Code of medical and sanitary regulations for the guidance of medical officers serving in the Madras Presidency - Volume I
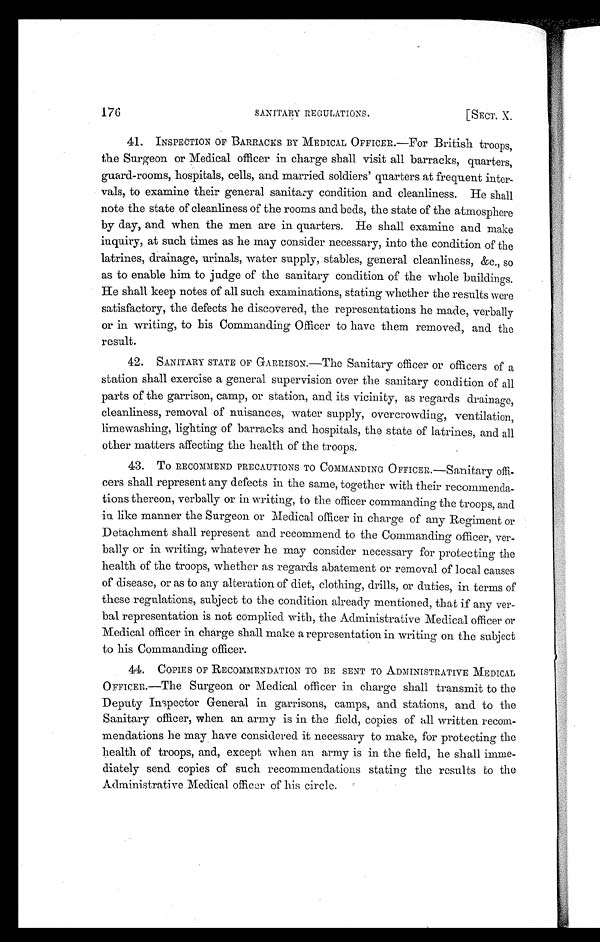
. 176
SANITARY REGULATIONS
[SECT. X.
41. INSPECTION OF BARRACKS BY MEDICAL OFFICER.—FOr British troops,
the Surgeon or Medical officer in charge shall visit all barracks, quarters,
guard-rooms, hospitals, cells, and married soldiers' quarters at frequent inter
-vals, to examine their general sanitary condition and cleanliness. He shall
note the state of cleanliness of the rooms and beds, the state of the atmosphere
by day, and when the men are in quarters. He shall examine and make
inquiry, at such times as he may consider necessary, into the condition of the
latrines drainage, urinals, water supply, stables, genera l cleanliness, &c., so
as to enable him to judge of the sanitary condition of the whole buildings.
He shall keep notes of all such examinations, stating whether the results were
satisfactory, the defects he discovered, the representations he made, verbally
or in writing, to his Commanding Officer to have them removed, and the
result.
42. SANITARY STATE OF GARRISON.—The Sanitary officer or officers of a
station shall exercise a general supervision over the sanitary condition of all
parts of the garrison, camp, or station, and its vicinity, as regards drainage,
cleanliness, removal of nuisances, water supply, overcrowding, ventilation,
limewashing, lighting of barracks and hospitals, the state of latrines, and all
other matters affecting the health of the troops.
43. To RECOMMEND PRECAUTIONS TO COMMANDING OFFICER.—Sanitary Offi-
cers shall represent any defects in the same, together with their recommenda
-tions thereon, verbally or in writing, to the officer commanding the troops, and
in like manner the Surgeon or Medical officer in charge of any Regiment or
Detachment shall represent and recommend to the Commanding officer, ver
-bally or in writing, whatever he may consider necessary for protecting the
health of the troops, whether as regards abatement or removal of local causes
of disease, or as to any alteration of diet, clothing, drills, or duties, in terms of
these regulations, subject to the condition already mentioned, that if any ver-
bal representation is not complied with, the Administrative Medical officer or
Medical officer in charge shall make a representation in writing on the subject
to his Commanding officer.
44. COPIES OF RECOMMENDATION TO BE SENT TO ADMINISTRATIVE MEDICAL
OFFICER.—The Surgeon or Medical officer in charge shall transmit to the
Deputy Inspector General in garrisons, camps, and stations, and. to the
Sanitary officer, when an army is in. the field, copies of all written recom
-mendations he may have considered it necessary to make, for protecting the
health of troops, and, except when an army is in the field, he shall imme
-diately send copies of such recommendations stating the results to the
Administrative Medical officer of his circle.